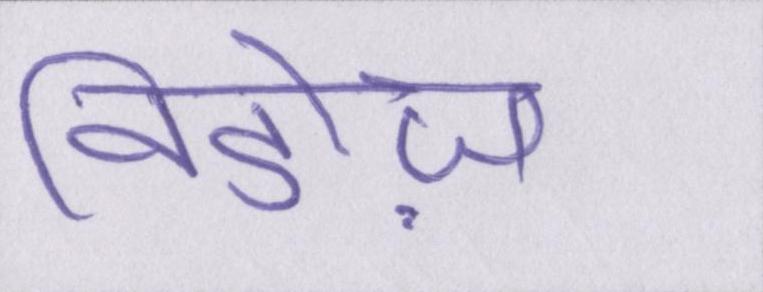
विडोज़